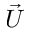
\vec { U }